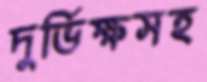
দুর্ভিক্ষসহ